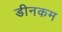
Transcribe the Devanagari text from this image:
डीनकम